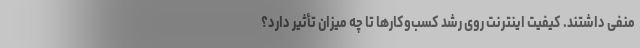
منفی داشتند. کیفیت اینترنت روی رشد کسب‌وکارها تا چه میزان تأثیر دارد؟